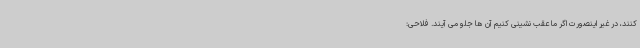
کنند، در غیر اینصورت اگر ما عقب نشینی کنیم آن ها جلو می آیند. فلاحی: